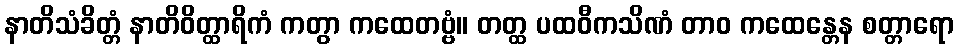
နာတိသံခိတ္တံ နာတိဝိတ္ထာရိကံ ကတွာ ကထေတဗ္ဗံ။ တတ္ထ ပထဝီကသိဏံ တာဝ ကထေန္တေန စတ္တာရော